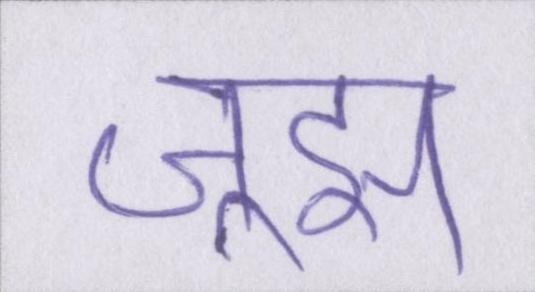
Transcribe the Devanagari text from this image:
जूझ